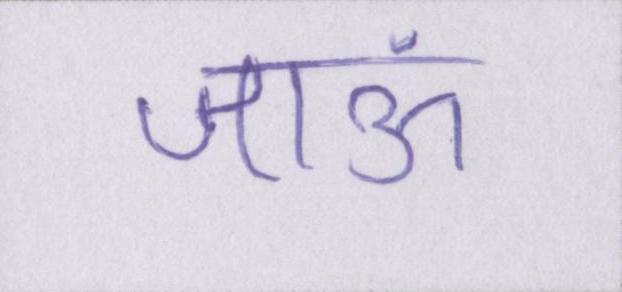
जाऊं